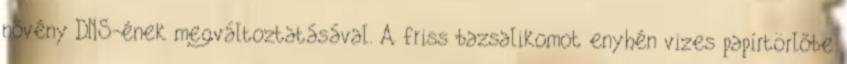
növény DNS-ének megváltoztatásával. A friss bazsalikomot enyhén vizes papírtörlőbe